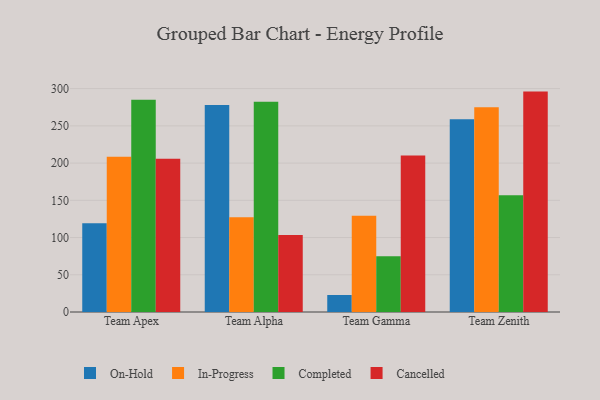
{"axis": {"x": "Team", "y": "Waste Production (Tons)"}, "legend": ["Cancelled", "Completed", "In-Progress", "On-Hold"], "data": [{"x": "Team Apex", "y": 119.1, "type": "On-Hold"}, {"x": "Team Apex", "y": 208.4, "type": "In-Progress"}, {"x": "Team Apex", "y": 284.9, "type": "Completed"}, {"x": "Team Apex", "y": 205.7, "type": "Cancelled"}, {"x": "Team Alpha", "y": 278.1, "type": "On-Hold"}, {"x": "Team Alpha", "y": 127.2, "type": "In-Progress"}, {"x": "Team Alpha", "y": 282.3, "type": "Completed"}, {"x": "Team Alpha", "y": 103.3, "type": "Cancelled"}, {"x": "Team Gamma", "y": 22.8, "type": "On-Hold"}, {"x": "Team Gamma", "y": 129.4, "type": "In-Progress"}, {"x": "Team Gamma", "y": 74.8, "type": "Completed"}, {"x": "Team Gamma", "y": 210.2, "type": "Cancelled"}, {"x": "Team Zenith", "y": 258.9, "type": "On-Hold"}, {"x": "Team Zenith", "y": 275.1, "type": "In-Progress"}, {"x": "Team Zenith", "y": 156.9, "type": "Completed"}, {"x": "Team Zenith", "y": 296.0, "type": "Cancelled"}]}